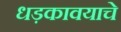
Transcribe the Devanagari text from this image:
धड़कावयाचे